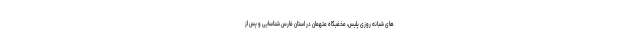
های شبانه روزی پلیس، مخفیگاه متهمان در استان فارس شناسایی و پس از